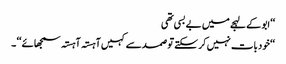
‘‘ ابو کے لہجے میں بے بسی تھی
‘‘خود بات نہیں کر سکتے تو صمد سے کہیں آہستہ آہستہ سمجھائے ‘‘ ۔